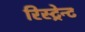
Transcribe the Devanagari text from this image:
रिस्ट्रेन्ट